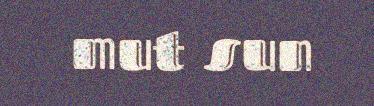
mut sun